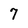
Character: 7